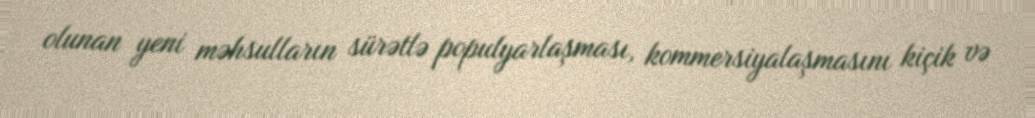
olunan yeni məhsulların sürətlə populyarlaşması, kommersiyalaşmasını kiçik və